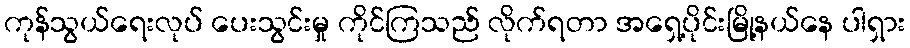
ကုန်သွယ်ရေးလုပ် ပေးသွင်းမှု ကိုင်ကြသည် လိုက်ရတာ အရှေ့ပိုင်းမြို့နယ်နေ ပါရှား